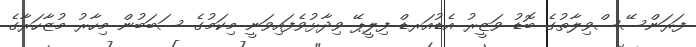
ފަރަންސޭސްވިލާތުގެ ބޮޑު ވަޒީރު އެޑުއަރޑް ފިލީޕޭ ވިދާޅުވެފައިވަނީ މިކަމުގެ ސަބަބުން މިހާރު މުޒާހަރާގެ